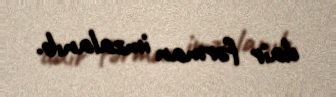
dair fərman imzalanıb.